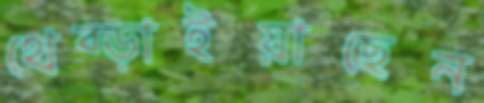
থেব্‌ড়াইয়াছেন